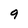
Character: 9